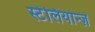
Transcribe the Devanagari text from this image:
स्टेलियोन्ज़